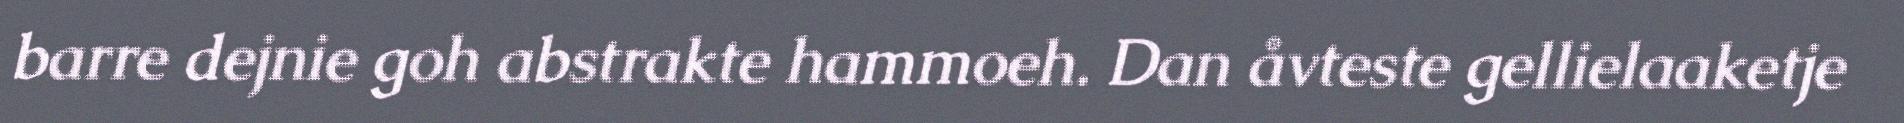
barre dejnie goh abstrakte hammoeh. Dan åvteste gellielaaketje